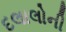
દલાલોની